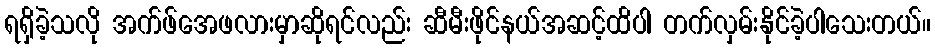
ရရှိခဲ့သလို အက်ဖ်အေဖလားမှာဆိုရင်လည်း ဆီမီးဖိုင်နယ်အဆင့်ထိပါ တက်လှမ်းနိုင်ခဲ့ပါသေးတယ်။